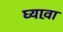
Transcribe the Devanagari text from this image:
घ्यावा़